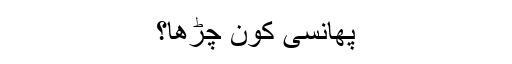
پھانسی کون چڑھا؟